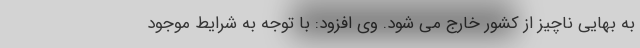
به بهایی ناچیز از کشور خارج می شود. وی افزود: با توجه به شرایط موجود